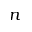
n